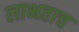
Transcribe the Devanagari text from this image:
लाभताच